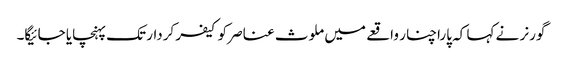
گورنر نے کہا کہ پاراچنار واقعے میں ملوث عناصر کو کیفر کردار تک پہنچایا جائیگا۔